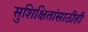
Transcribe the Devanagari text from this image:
सुशिक्षितांसाठीही